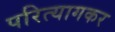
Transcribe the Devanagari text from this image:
परित्यागकर